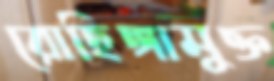
রোহিঙ্গামুক্ত